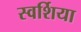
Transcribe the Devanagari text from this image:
स्वर्शिया